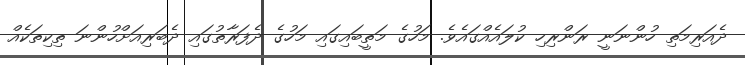
ދެއަރިމަތި ހުންނަނީ ރަންރިހި ކުލައެއްގައެވެ. މަހުގެ މަތީބައިގައި މަހުގެ ދެފަރާތުގައި ދެބަރިއަށްހުންނަ ތިކިތަކެއް